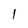
Character: 1